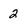
Character: 2